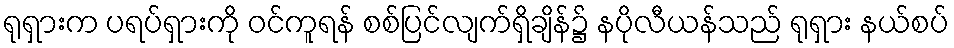
ရုရှားက ပရပ်ရှားကို ဝင်ကူရန် စစ်ပြင်လျက်ရှိချိန်၌ နပိုလီယန်သည် ရုရှား နယ်စပ်